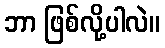
ဘာ ဖြစ်လို့ပါလဲ။